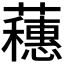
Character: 𬟘